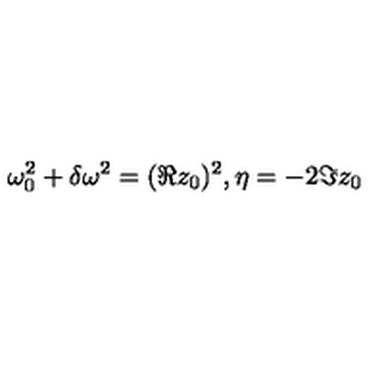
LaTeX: \: \omega _ { 0 } ^ { 2 } + \delta \omega ^ { 2 } = ( \Re z _ { 0 } ) ^ { 2 } , \eta = - 2 \Im z _ { 0 } \: